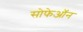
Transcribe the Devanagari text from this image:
सोफेऑन